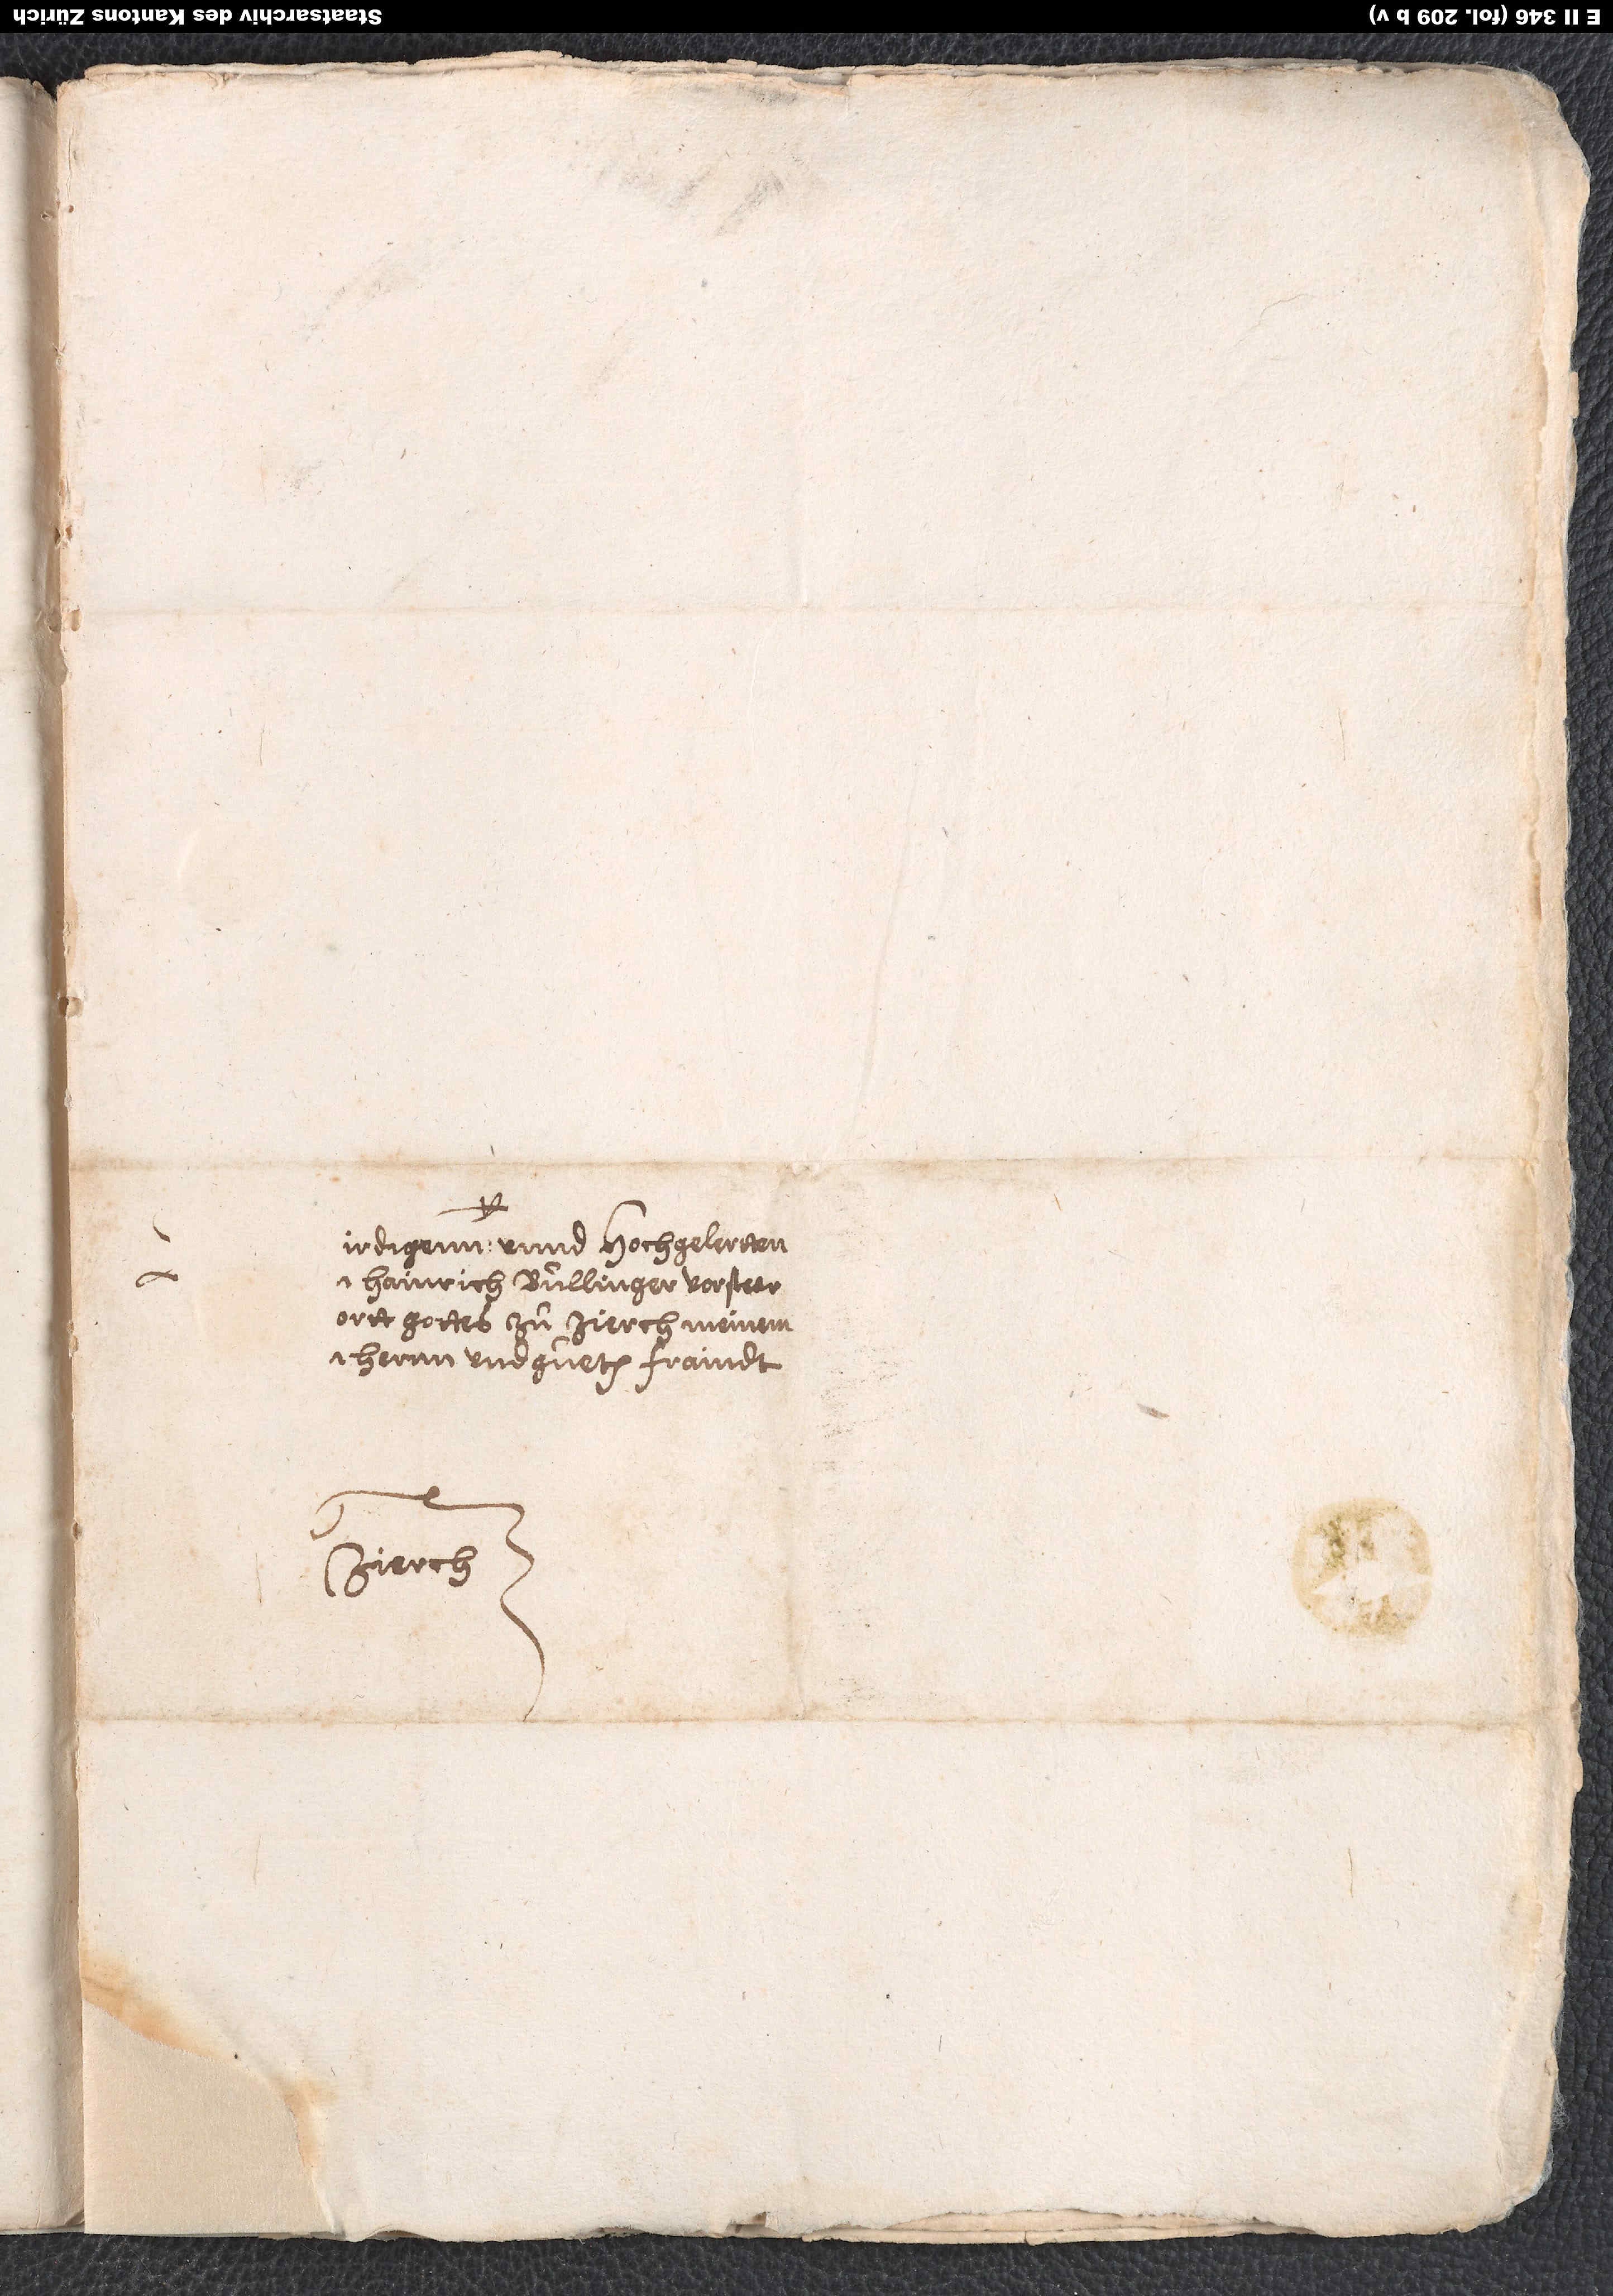
herrn und gueten fraindt.
Zurch.